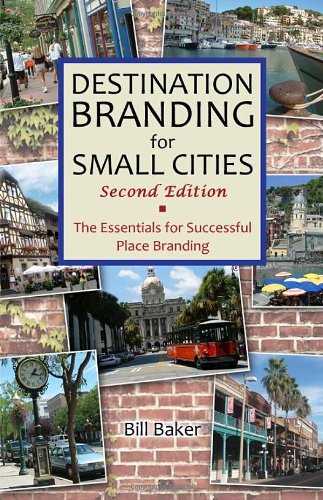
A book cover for Destination Branding for Small Cities - Second Edition; Bill Baker; Business & Money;